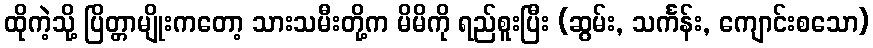
ထိုကဲ့သို့ ပြိတ္တာမျိုးကတော့ သားသမီးတို့က မိမိကို ရည်စူးပြီး (ဆွမ်း, သင်္ကန်း, ကျောင်းစသော)